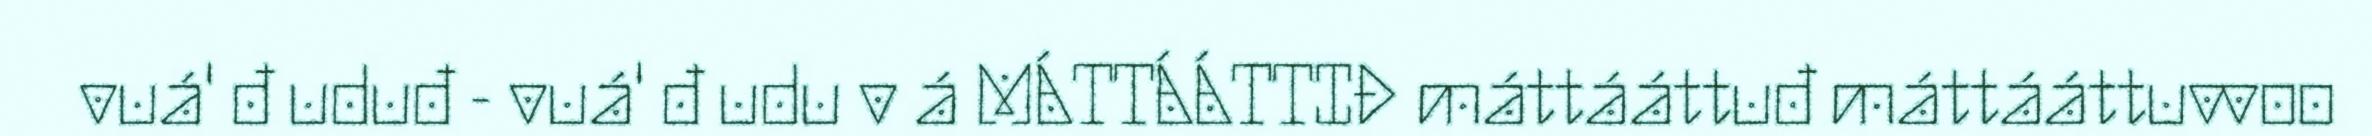
vuá' đ uduđ - vuá' đ udu v á MÁTTÁÁTTIĐ máttááttuđ máttááttuvvoo